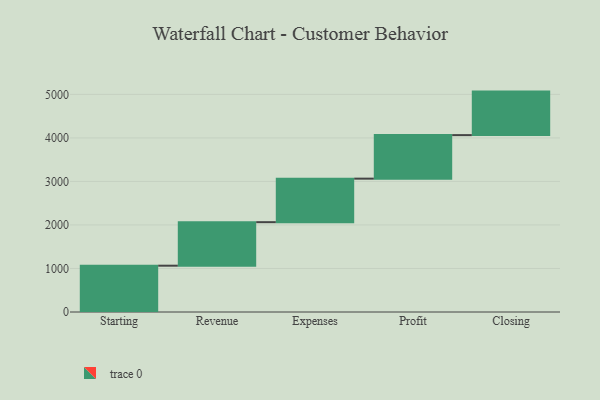
{"axis": {"x": "Step", "y": "Value"}, "legend": [""], "data": [{"x": "Starting", "y": 1064.0, "type": ""}, {"x": "Revenue", "y": 1000, "type": ""}, {"x": "Expenses", "y": 1000, "type": ""}, {"x": "Profit", "y": 1000, "type": ""}, {"x": "Closing", "y": 1000, "type": ""}]}